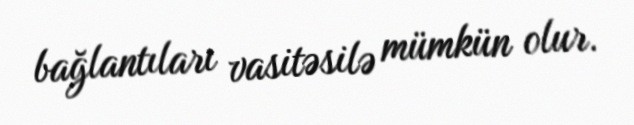
bağlantıları vasitəsilə mümkün olur.